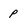
Character: p